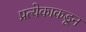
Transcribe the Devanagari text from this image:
प्रत्येकाकडून